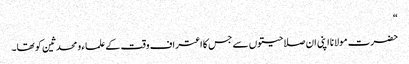
“
حضرت مولانا اپنی ان صلاحیتوں سے جس کا اعتراف وقت کے علماء و محدثین کو تھا۔